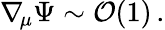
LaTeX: \nabla_{\! \mu}\Psi\sim{\cal O}(1)\, .